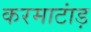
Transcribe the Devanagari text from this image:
करमाटांड़